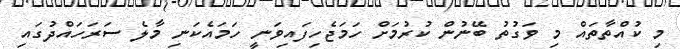
މި ކުއްތާތައް މި ވަގުތު ބޭނުން ކުރުމަށް ހަމަޖެހިފައިވަނީ ހަމައެކަނި މާލެ ސަރަހައްދުގައި